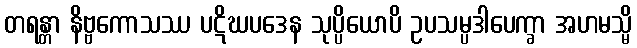
တရန္တာ နိဗ္ဗကောသဿ ပဋိဃပဒေန သုပ္ပိယောပိ ဥပသမ္ပဒါပေက္ခာ အဟမသ္မိ